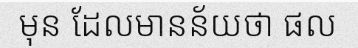
មុន ដែលមានន័យថា ផល